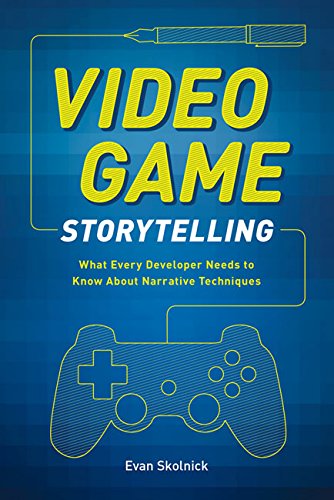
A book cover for Video Game Storytelling: What Every Developer Needs to Know about Narrative Techniques; Evan Skolnick; Arts & Photography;